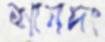
শানদং